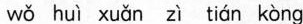
wǒ huì xuǎn zì tiān kòng